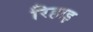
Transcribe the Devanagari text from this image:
रिहाइ